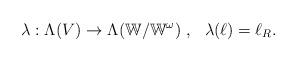
LaTeX: \begin{align*}\lambda:\Lambda(V)\rightarrow \Lambda(\mathbb{W}/\mathbb{W}^\omega)~,~~\lambda(\ell)=\ell_R.\end{align*}